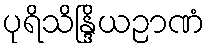
ပုရိသိန္ဒြိယဉာဏံ